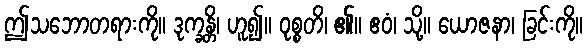
ဤသဘောတရားကို။ ဒုက္ခန္တိ၊ ဟူ၍။ ဝုစ္စတိ၊ ၏။ ဧဝံ၊ သို့။ ယောဇနာ၊ ခြင်းကို။